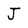
Character: J